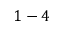
1 - 4